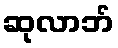
ဆုလာဘ်